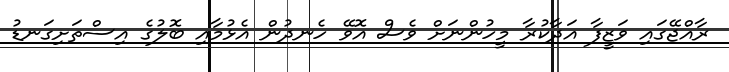
ރާއްޖޭގައި ވަޒީފާ އަދާކުރާ މީހުންނަށް ވެސް އޮވޭ ހެނދުން އެޅުމާއި ބޮލުގެ އިސްތަށިގަނޑު